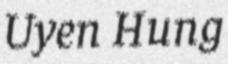
Uyen Hung